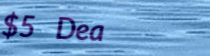
$5 Deal